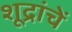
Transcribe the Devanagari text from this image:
शूद्रांचें